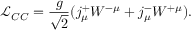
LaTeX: { \mathcal { L } } _ { C C } = { \frac { g } { \sqrt { 2 } } } ( j _ { \mu } ^ { + } W ^ { - \mu } + j _ { \mu } ^ { - } W ^ { + \mu } ) .